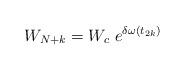
LaTeX: \begin{align*}W_{N+k} = W_c\ e^{\delta \omega (t_{2k})} \end{align*}